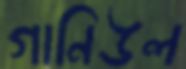
গানিউল